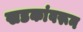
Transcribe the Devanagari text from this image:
खडकांवरून